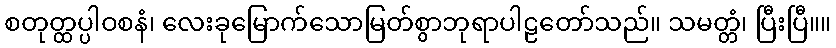
စတုတ္ထပ္ပါဝစနံ၊ လေးခုမြောက်သောမြတ်စွာဘုရာပါဠတော်သည်။ သမတ္တံ၊ ပြီးပြီ။။